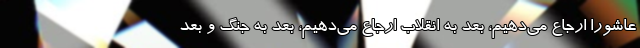
عاشورا ارجاع می‌دهیم، بعد به انقلاب ارجاع می‌دهیم، بعد به جنگ و بعد